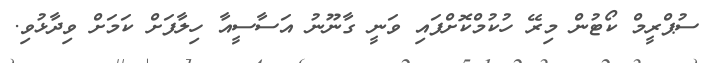
ސުޕްރީމް ކޯޓުން މިރޭ ހުކުމްކޮށްފައި ވަނީ ގާނޫނު އަސާސީއާ ހިލާފަށް ކަމަށް ވިދާޅުވި.